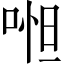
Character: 𠶒